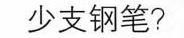
少支钢笔?